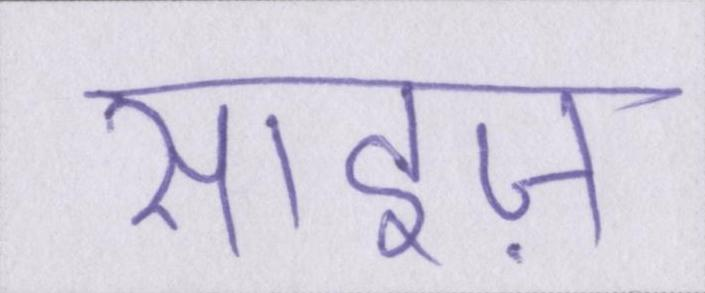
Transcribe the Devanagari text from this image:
साइज़